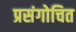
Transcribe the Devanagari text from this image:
प्रसंगोचित